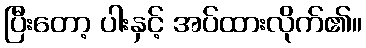
ပြီးတော့ ပါးနှင့် အပ်ထားလိုက်၏။